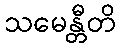
သမေန္တီတိ